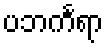
ပဘင်္ကရာ